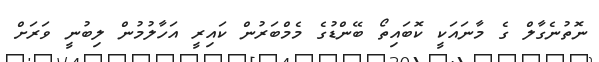
ނޮތުނެގާލް ގެ މާނައަކީ ކޮބައިތޯ ބޭންޑުގެ މެމްބަރުން ކައިރީ އަހާލުމުން ލިބުނީ ވަރަށް